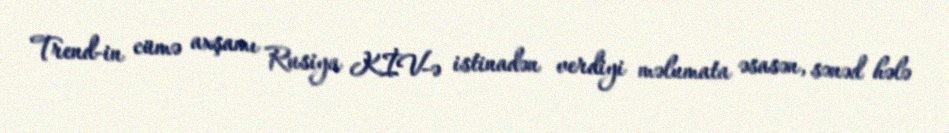
Trend-in cümə axşamı Rusiya KİV-ə istinadən verdiyi məlumata əsasən, sənəd hələ